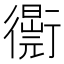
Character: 𧘁